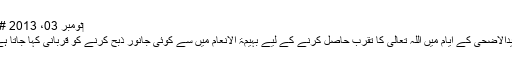
‏نومبر 03، 2013 #1
عیدالاضحیٰ کے ایام میں اللہ تعالی کا تقرب حاصل کرنے کے لیے بہیمۃ الانعام میں سے کوئی جانور ذبح کرنے کو قربانی کہا جاتا ہے۔